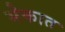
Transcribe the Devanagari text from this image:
मेकात